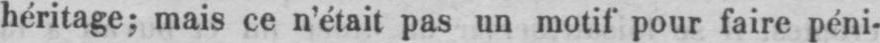
héritage; mais ce n’était pas un motif pour faire péni-